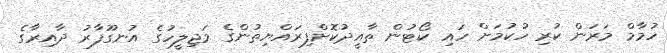
ހުމާމް މަރަން ކުރި ހުކުމަށް ހައި ކޯޓުން ތާއީދުކޮށްފިރައްޔިތުންގެ މަޖިލީހުގެ އުނގޫފާރު ދާއިރާގެ